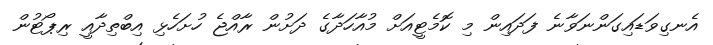
އެނގިވަޑައިގަންނަވާނެ ފަދައިން މި ކޮމެޓީއަށް މުއާހަދާގެ ދަށުން ރާއްޖެ ހުށަހެޅި އިބްތިދާއީ ރިޕޯޓުން